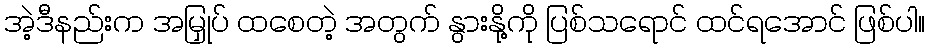
အဲ့ဒီနည်းက အမြှုပ် ထစေတဲ့ အတွက် နွားနို့ကို ပြစ်သရောင် ထင်ရအောင် ဖြစ်ပါ။